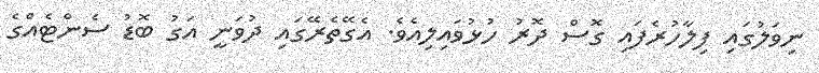
ނިވަލުގައި ފިލާހުރެފައި ގޮސް ދޮރު ހުޅުވައިލިއެވެ. އެގޭތެރޭގައި ދުވަނީ އަގު ބޮޑު ސެންޓެއްގެ